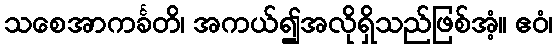
သစေအာကင်္ခတိ၊ အကယ်၍အလိုရှိသည်ဖြစ်အံ့။ ဧဝံ၊